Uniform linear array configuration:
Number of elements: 4
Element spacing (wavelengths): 0.75
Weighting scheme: hamming
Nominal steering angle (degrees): -15
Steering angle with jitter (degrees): -14.374
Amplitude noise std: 0.05
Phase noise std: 0.05

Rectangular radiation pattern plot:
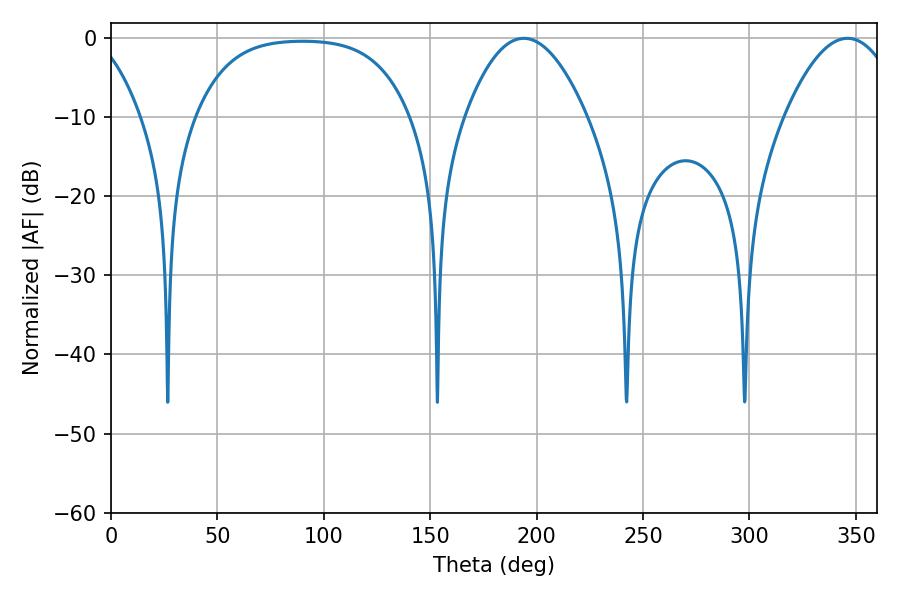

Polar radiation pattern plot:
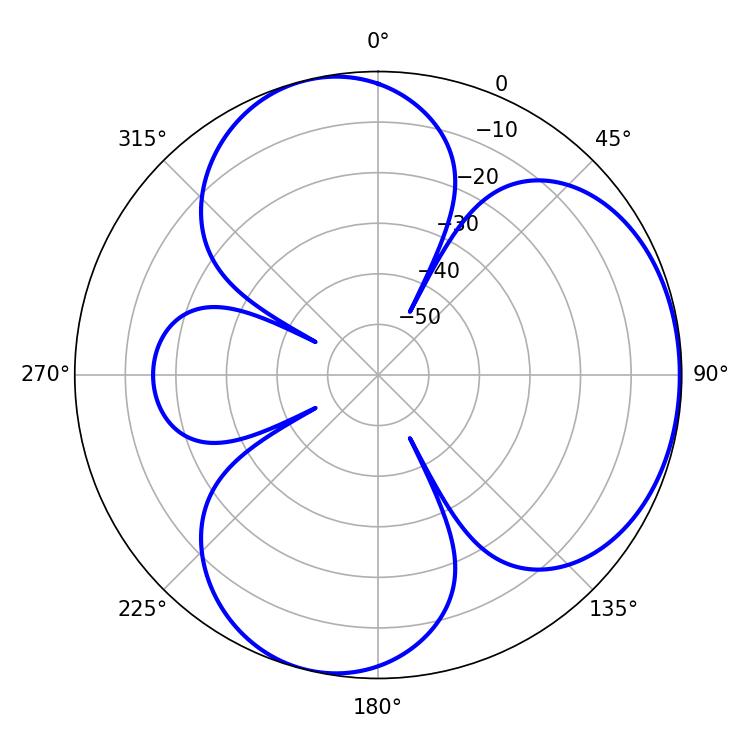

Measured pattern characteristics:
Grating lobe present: TRUE
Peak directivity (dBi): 4.467
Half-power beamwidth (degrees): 31.5
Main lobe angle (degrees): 193.86